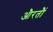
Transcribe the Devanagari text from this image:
औरतौं